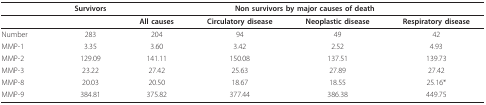
|  | Survivors | <COLSPAN=4> Non survivors by major causes of death |
 | --- | --- | --- | --- | --- | --- |
 |  |  | All causes | Circulatory disease | Neoplastic disease | Respiratory disease |
 | Number | 283 | 204 | 94 | 49 | 42 |
 | MMP-1 | 3.35 | 3.60 | 3.42 | 2.52 | 4.93 |
 | MMP-2 | 129.09 | 141.11 | 150.08 | 137.51 | 139.73 |
 | MMP-3 | 23.22 | 27.42 | 25.63 | 27.89 | 27.42 |
 | MMP-8 | 20.03 | 20.50 | 18.67 | 18.55 | 25.16* |
 | MMP-9 | 384.81 | 375.82 | 377.44 | 386.38 | 449.75 |